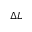
\Delta L